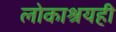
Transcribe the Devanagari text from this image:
लोकाश्रयही